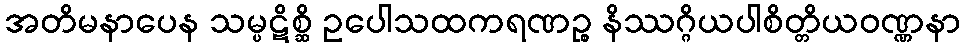
အတိမနာပေန သမ္ပဋိစ္ဆိ ဥပေါသထကရဏဉ္စ နိဿဂ္ဂိယပါစိတ္တိယဝဏ္ဏနာ